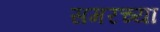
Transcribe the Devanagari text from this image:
समरच्या